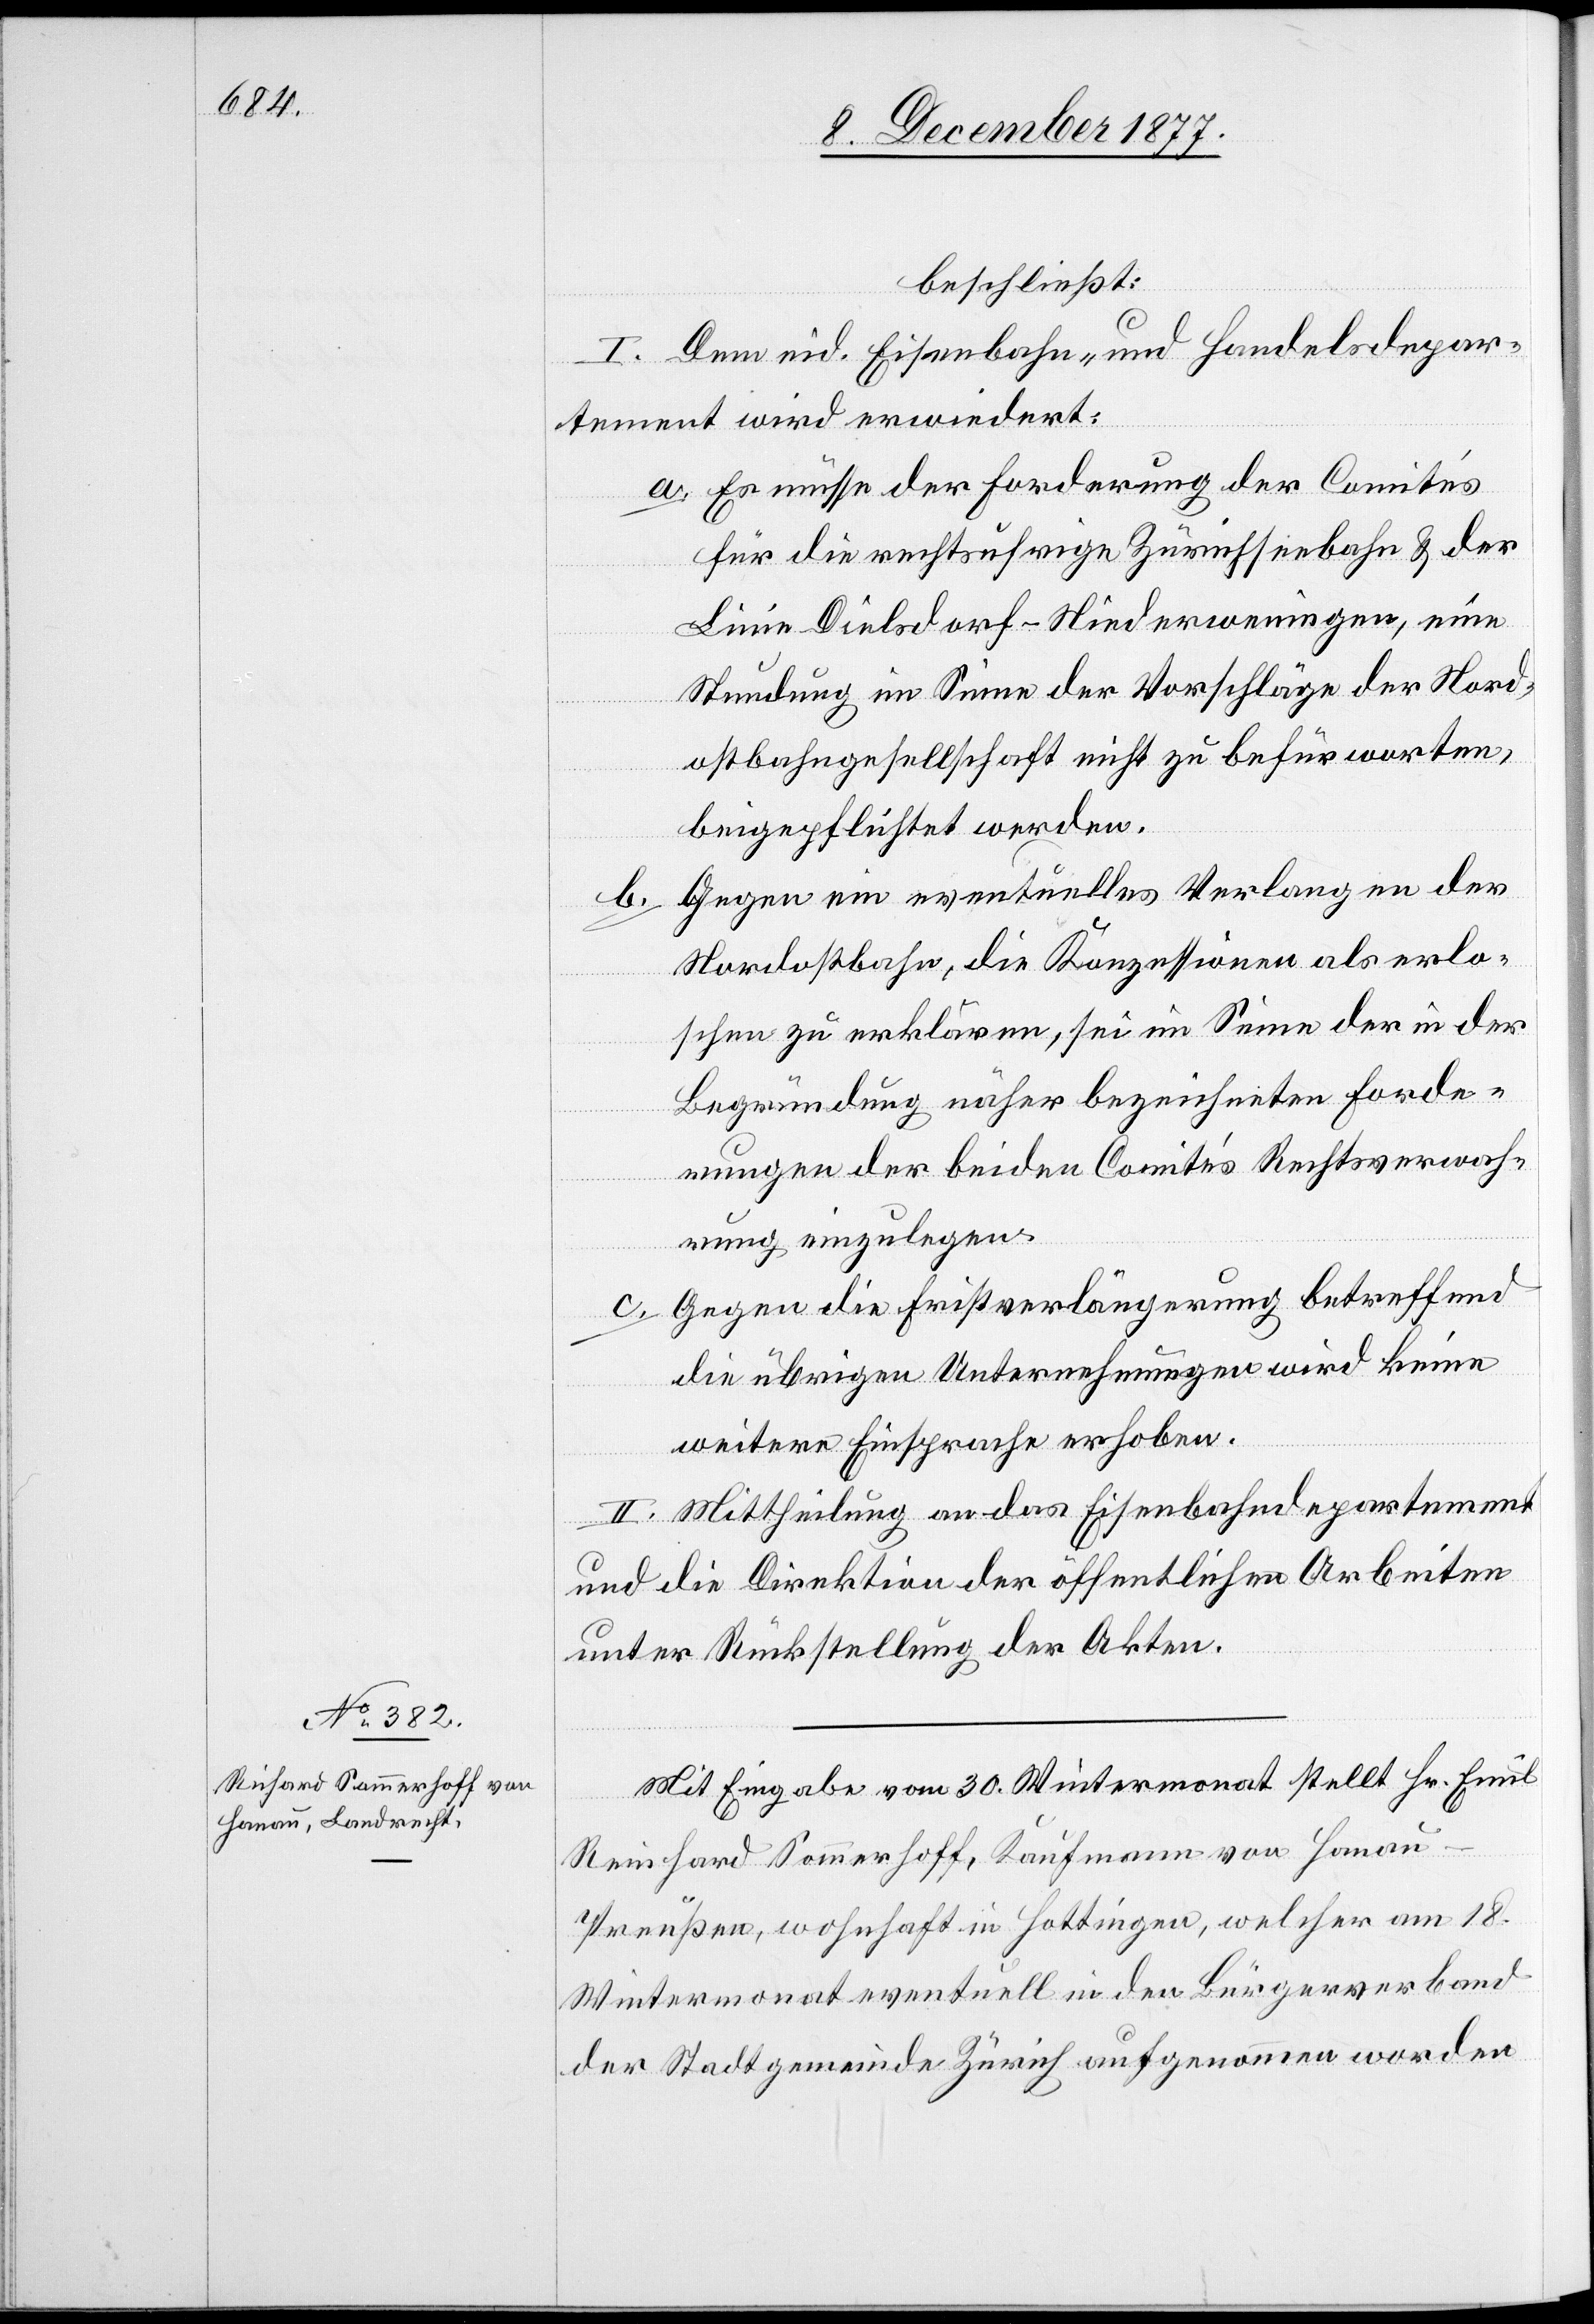
beschließt:
I. Dem eid. Eisenbahn- und Handelsdepar¬
tement wird erwiedert:
Es müsse der Forderung der Comités
für die rechtsufrige Zürichseebahn & der
Linie Dielsdorf–Niederweningen, eine
Stundung im Sinne der Vorschläge der Nord¬
ostbahngesellschaft nicht zu befürworten,
beigepflichtet werden.
Gegen ein eventuelles Verlangen der
b.
Nordostbahn, die Konzessionen als erlo¬
schen zu erklären, sei im Sinne der in der
Begründung näher bezeichneten Forde¬
rungen der beiden Comités Rechtsverwah¬
rung einzulegen.
Gegen die Fristverlängerung betreffend
die übrigen Unternehmungen wird keine
weitere Einsprache erhoben.
II. Mittheilung an das Eisenbahndepartement
und die Direktion der öffentlichen Arbeiten
unter Rückstellung der Akten.
Mit Eingabe vom 30. Wintermonat stellt Hr. Emil
c.
Reinhard [sic!] Sommerhoff, Kaufmann von Hanau
Preußen, wohnhaft in Hottingen, welcher am 18.
Wintermonat eventuell in den Bürgerverband
der Stadtgemeinde Zürich aufgenommen worden